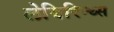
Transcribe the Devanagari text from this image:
लेबिरिन्थ्स